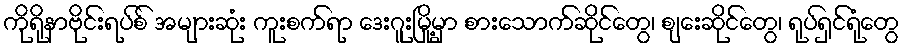
ကိုရိုနာဗိုင်းရပ်စ် အများဆုံး ကူးစက်ရာ ဒေးဂူးမြို့မှာ စားသောက်ဆိုင်တွေ၊ စျေးဆိုင်တွေ၊ ရုပ်ရှင်ရုံတွေ